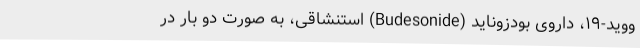
ووید-۱۹، داروی بودزوناید (Budesonide) استنشاقی، به صورت دو بار در